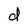
Character: d